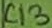
Text: C13